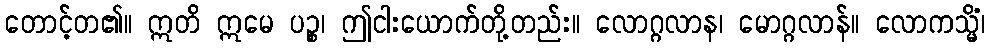
တောင့်တ၏။ ဣတိ ဣမေ ပဉ္စ၊ ဤငါးယောက်တို့တည်း။ လောဂ္ဂလာန၊ မောဂ္ဂလာန်။ လောကသ္မိံ၊